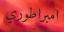
امبراطوري